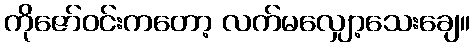
ကိုဇော်ဝင်းကတော့ လက်မလျှော့သေးချေ။